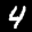
Label: 4